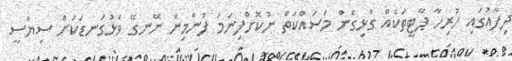
ދިފާއުގައި ހުރިހާ ޕާޓީތަކެއް ގުޅިގެން މަސައްކަތް ނުކޮށްފިނަމަ ފުންމިން ނޭނގޭ ވަޅުގަނޑަކަށް ސިޔާސީ